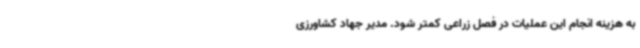
به هزینه انجام این عملیات در فصل زراعی کمتر شود. مدیر جهاد کشاورزی